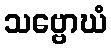
သဗ္ဗောဃံ